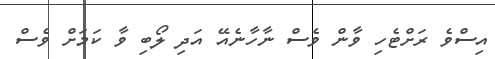
އިސްވެ ރަށްޓެހި ވާން ވެސް ނާހާނެއޭ އަދި ލޯބި ވާ ކަމަށް ވެސް